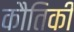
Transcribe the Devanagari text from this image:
कौतिकी